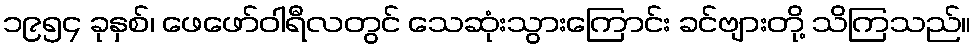
၁၉၅၄ ခုနှစ်၊ ဖေဖော်ဝါရီလတွင် သေဆုံးသွားကြောင်း ခင်ဗျားတို့ သိကြသည်။